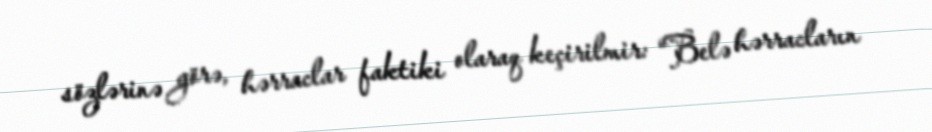
sözlərinə görə, hərraclar faktiki olaraq keçirilmir: “Belə hərracların